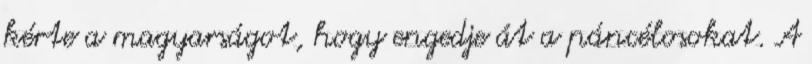
kérte a magyarságot, hogy engedje át a páncélosokat. A